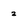
Character: 2